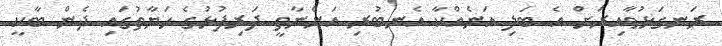
ރަނގަޅުވާއިރަށް އެ ބަލި އަނެއްކާ އެނބުރި އަންނާތީ ދަރިފުޅުގެ ހަޔާތުގައި ދެން ބާކީ